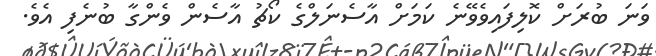
ވަނަ ބުރަށް ކޮލިފައިވެވޭނެ ކަމަށް އާސެނަލްގެ ކޯޗު އާސެން ވެންގާ ބުނެފި އެވެ.